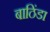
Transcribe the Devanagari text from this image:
बाठिंडा